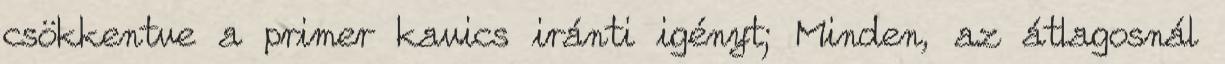
csökkentve a primer kavics iránti igényt; Minden, az átlagosnál